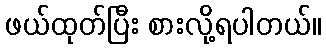
ဖယ်ထုတ်ပြီး စားလို့ရပါတယ်။